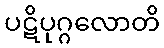
ပဋိပုဂ္ဂလောတိ